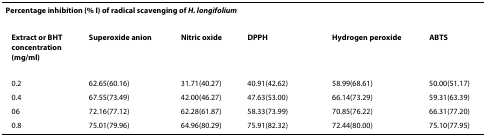
| <COLSPAN=6> Percentage inhibition (% I) of radical scavenging of H. longifolium |
 | --- | --- | --- | --- | --- | --- |
 | Extract or BHT concentration(mg/ml) | Superoxide anion | Nitric oxide | DPPH | Hydrogen peroxide | ABTS |
 | 0.2 | 62.65(60.16) | 31.71(40.27) | 40.91(42.62) | 58.99(68.61) | 50.00(51.17) |
 | 0.4 | 67.55(73.49) | 42.00(46.27) | 47.63(53.00) | 66.14(73.29) | 59.31(63.39) |
 | 06 | 72.16(77.12) | 62.28(61.87) | 58.33(73.99) | 70.85(76.22) | 66.31(77.20) |
 | 0.8 | 75.01(79.96) | 64.96(80.29) | 75.91(82.32) | 72.44(80.00) | 75.10(77.95) |